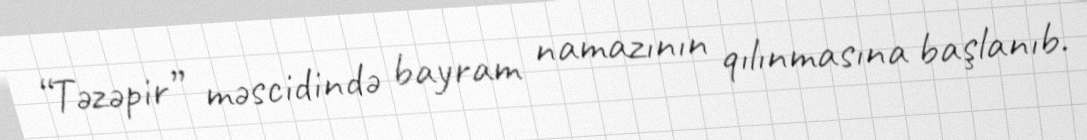
“Təzəpir” məscidində bayram namazının qılınmasına başlanıb.